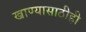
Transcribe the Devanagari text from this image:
खाण्यासाठीही